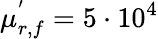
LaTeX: \mu_{r,f}^{'}=5\cdot 10^{4}